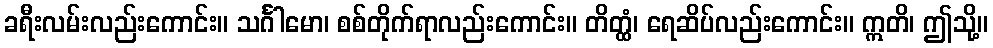
ခရီးလမ်းလည်းကောင်း။ သင်္ဂါမော၊ စစ်တိုက်ရာလည်းကောင်း။ တိတ္ထံ၊ ရေဆိပ်လည်းကောင်း။ ဣတိ၊ ဤသို့။